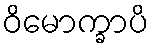
ဝိမောက္ခာပိ